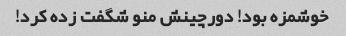
خوشمزه بود! دورچینش منو شگفت زده کرد!